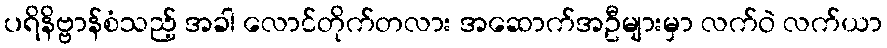
ပရိနိဗ္ဗာန်စံသည့် အခါ လောင်တိုက်တလား အဆောက်အဦများမှာ လက်ဝဲ လက်ယာ